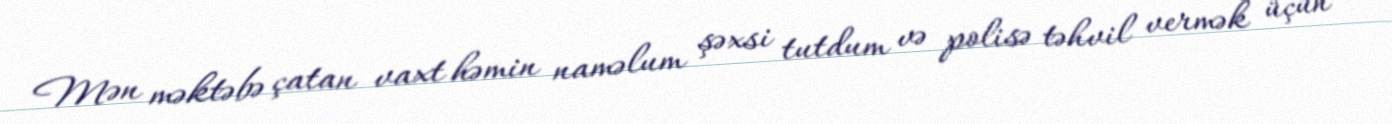
Mən məktəbə çatan vaxt həmin naməlum şəxsi tutdum və polisə təhvil vermək üçün